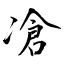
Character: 凔